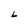
Character: L